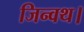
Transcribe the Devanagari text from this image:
जिन्वथ।